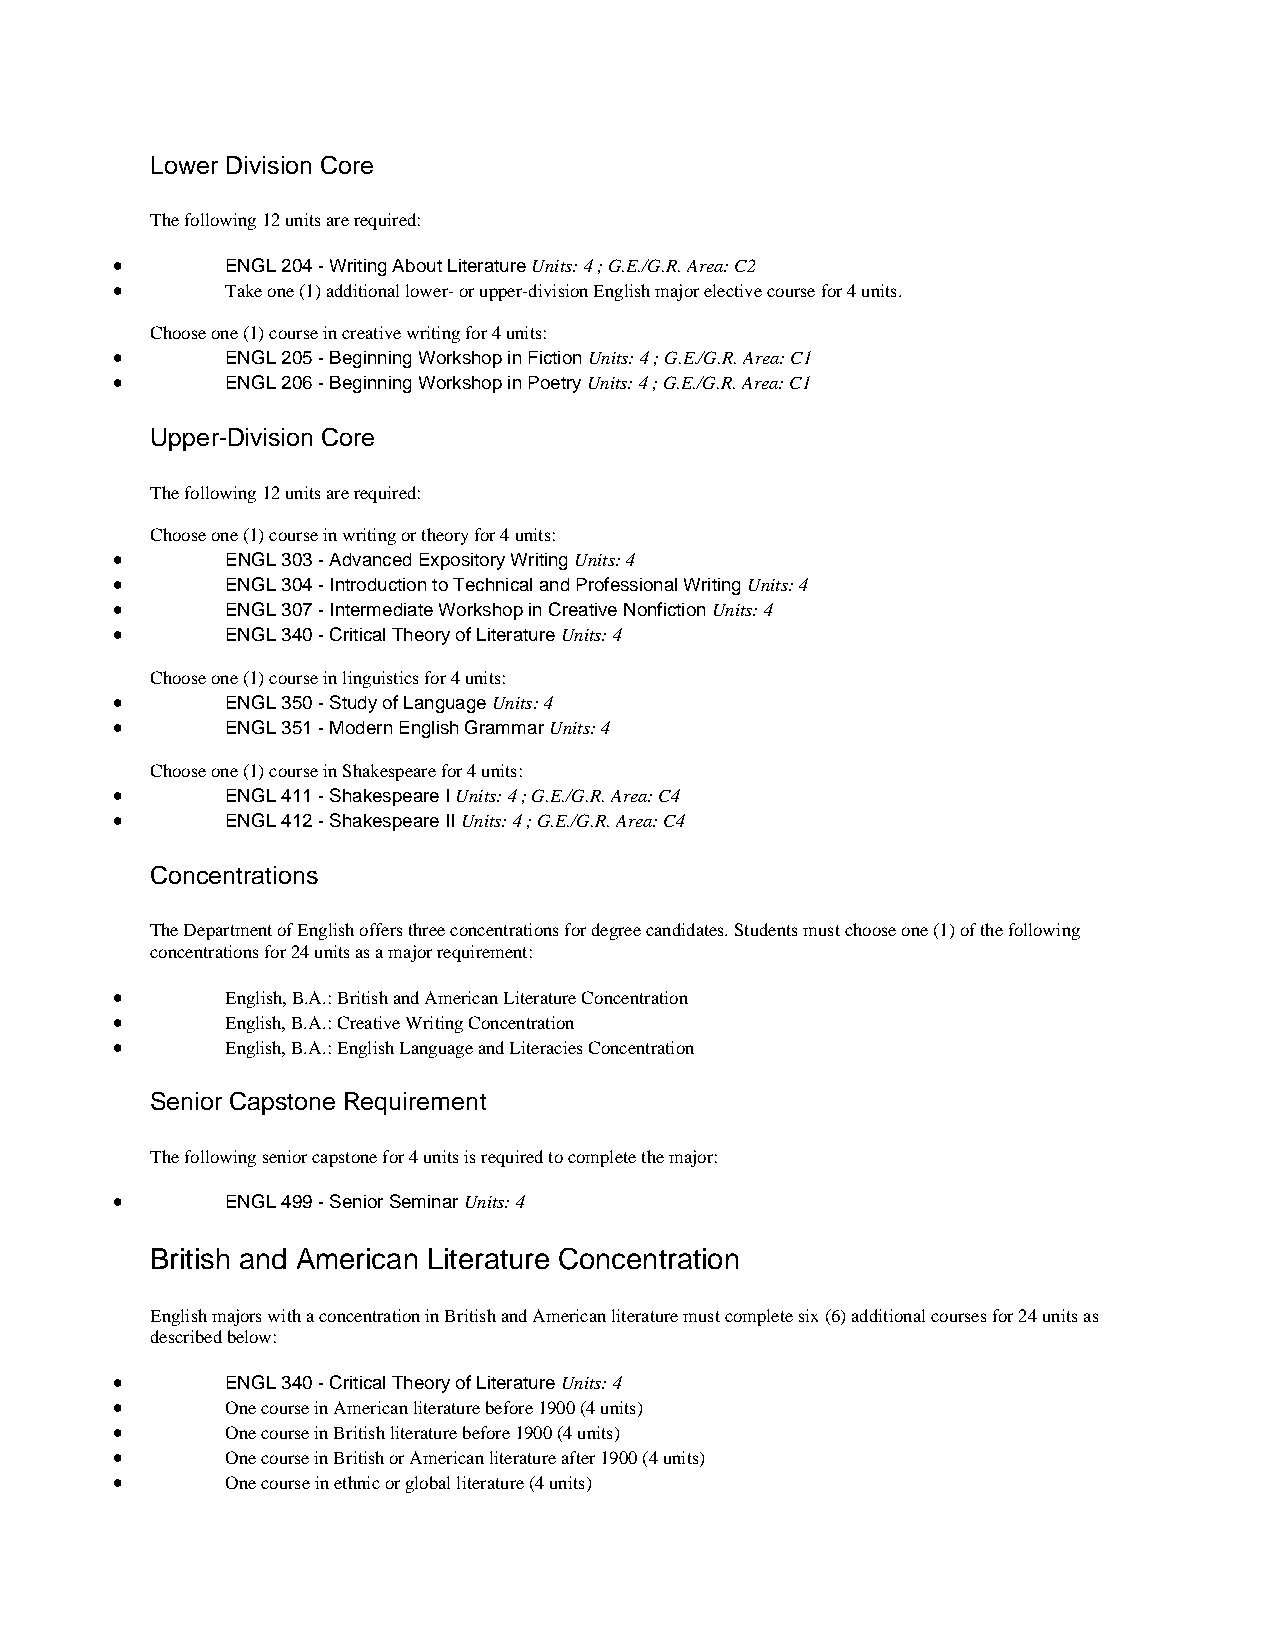
Lower Division Core
 The following 12 units are required:
 •       ENGL 204 - Writing About Literature Units: 4 ; G.E./G.R. Area: C2
 •       Take one (1) additional lower- or upper-division English major elective course for 4 units.
 Choose one (1) course in creative writing for 4 units:
 •       ENGL 205 - Beginning Workshop in Fiction Units: 4 ; G.E./G.R. Area: C1
 •       ENGL 206 - Beginning Workshop in Poetry Units: 4 ; G.E./G.R. Area: C1
 Upper-Division Core
 The following 12 units are required:
 Choose one (1) course in writing or theory for 4 units:
 •       ENGL 303 - Advanced Expository Writing Units: 4
 •       ENGL 304 - Introduction to Technical and Professional Writing Units: 4
 •       ENGL 307 - Intermediate Workshop in Creative Nonfiction Units: 4
 •       ENGL 340 - Critical Theory of Literature Units: 4
 Choose one (1) course in linguistics for 4 units:
 •       ENGL 350 - Study of Language Units: 4
 •       ENGL 351 - Modern English Grammar Units: 4
 Choose one (1) course in Shakespeare for 4 units:
 •       ENGL 411 - Shakespeare I Units: 4 ; G.E./G.R. Area: C4
 •       ENGL 412 - Shakespeare II Units: 4 ; G.E./G.R. Area: C4
 Concentrations
 The Department of English offers three concentrations for degree candidates. Students must choose one (1) of the following
 concentrations for 24 units as a major requirement:
 •       English, B.A.: British and American Literature Concentration
 •       English, B.A.: Creative Writing Concentration
 •       English, B.A.: English Language and Literacies Concentration
 Senior Capstone Requirement
 The following senior capstone for 4 units is required to complete the major:
 •       ENGL 499 - Senior Seminar Units: 4
 British and American Literature Concentration
 English majors with a concentration in British and American literature must complete six (6) additional courses for 24 units as
 described below:
 •       ENGL 340 - Critical Theory of Literature Units: 4
 •       One course in American literature before 1900 (4 units)
 •       One course in British literature before 1900 (4 units)
 •       One course in British or American literature after 1900 (4 units)
 •       One course in ethnic or global literature (4 units)